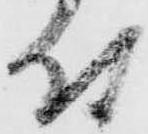
付